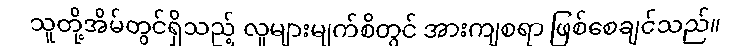
သူတို့အိမ်တွင်ရှိသည့် လူများမျက်စိတွင် အားကျစရာ ဖြစ်စေချင်သည်။